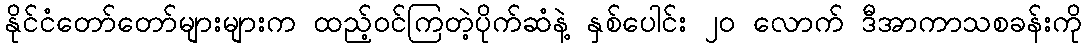
နိုင်ငံတော်တော်များများက ထည့်ဝင်ကြတဲ့ပိုက်ဆံနဲ့ နှစ်ပေါင်း ၂၀ လောက် ဒီအာကာသစခန်းကို